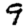
Digit: 9